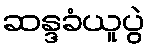
ဆန္ဒခံယူပွဲ